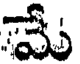
మే